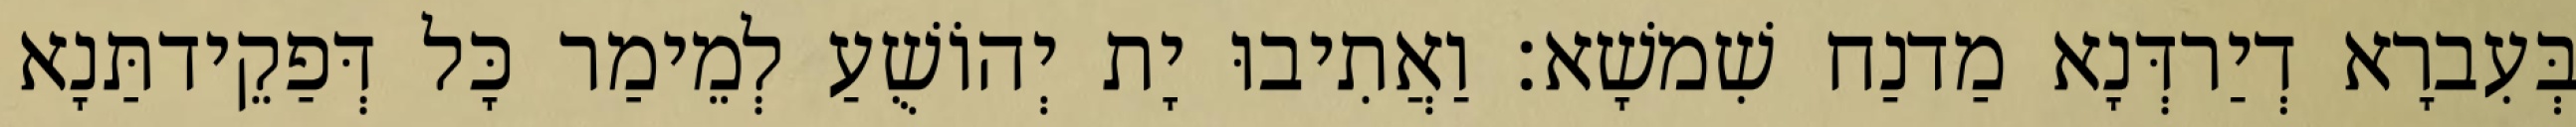
בְּעִברָא דְיַרדְּנָא מַדנַח שִׁמשָׁא׃ וַאֲתִיבוּ יָת יְהוֹשֻׁעַ לְמֵימַר כָּל דְּפַקֵידתַּנָא